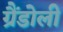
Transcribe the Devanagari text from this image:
ग्रैंडोली